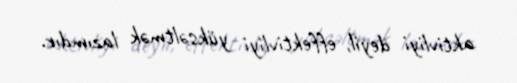
aktivliyi deyil, effektivliyi yüksəltmək lazımdır.